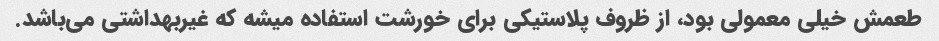
طعمش خیلی معمولی بود، از ظروف پلاستیکی برای خورشت استفاده میشه که غیربهداشتی می‌باشد.